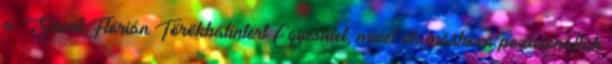
a Szent Flórián Törökbálintért Egyesület, mivel ők máshová pozicionálták